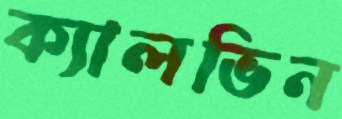
ক্যালভিন